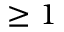
\geq 1